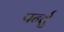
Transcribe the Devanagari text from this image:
पर्न्तु